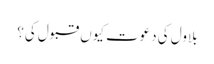
بلاول کی دعوت کیوں قبول کی؟